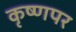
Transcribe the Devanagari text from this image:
कृष्णपर